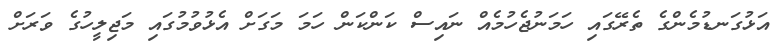
އަޅުގަނޑުމެންގެ ތެރޭގައި ހަމަނުޖެހުމެއް ނައިސް ކަންކަން ހަމަ މަގަށް އެޅުވުމުގައި މަޖިލީހުގެ ވަރަށް